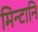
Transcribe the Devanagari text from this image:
मिन्टानि